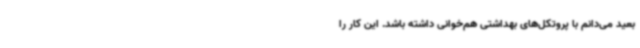
بعید می‌دانم با پروتکل‌های بهداشتی هم‌خوانی داشته باشد. این کار را